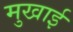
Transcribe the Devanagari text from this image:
मुखाई